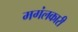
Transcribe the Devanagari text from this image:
मगंलकारी